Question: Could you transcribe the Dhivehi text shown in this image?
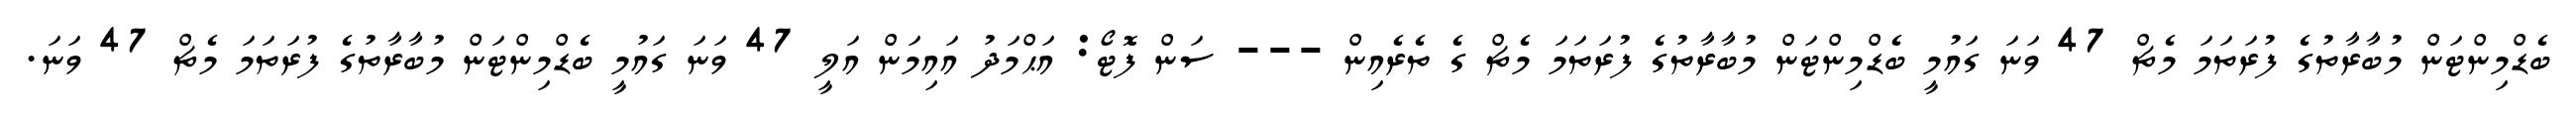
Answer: ބެޑްމިންޓަން މުބާރާތުގެ ފުރަތަމަ މެޗް 47 ވަނަ ގައުމީ ބެޑްމިންޓަން މުބާރާތުގެ ފުރަތަމަ މެޗް ގެ ތެރެއިން --- ސަން ފޮޓޯ: އަޙްމަދު އައިމަން އަލީ 47 ވަނަ ގައުމީ ބެޑްމިންޓަން މުބާރާތުގެ ފުރަތަމަ މެޗް 47 ވަނަ.